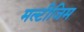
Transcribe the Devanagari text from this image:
मल्टीजिम